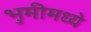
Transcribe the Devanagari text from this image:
भुमीमध्ये